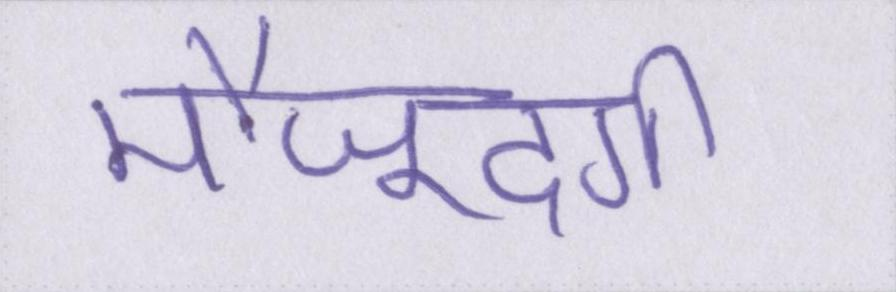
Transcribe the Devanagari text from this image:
मौजूदगी